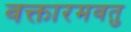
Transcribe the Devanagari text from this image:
वक्तारमवतु